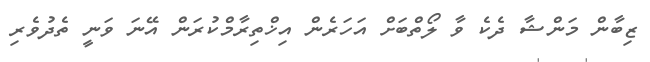
ޒިބާން މަންޝާ ދެކެ ވާ ލޯތްބަށް އަހަަރެން އިޚްތިރާމްކުރަން އޭނަ ވަނީ ތެދުވެރި